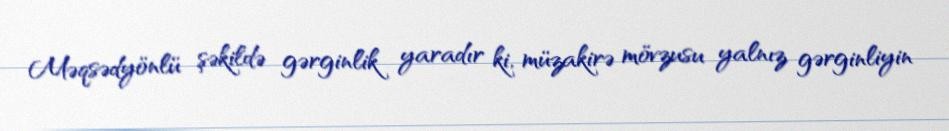
Məqsədyönlü şəkildə gərginlik yaradır ki, müzakirə mövzusu yalnız gərginliyin